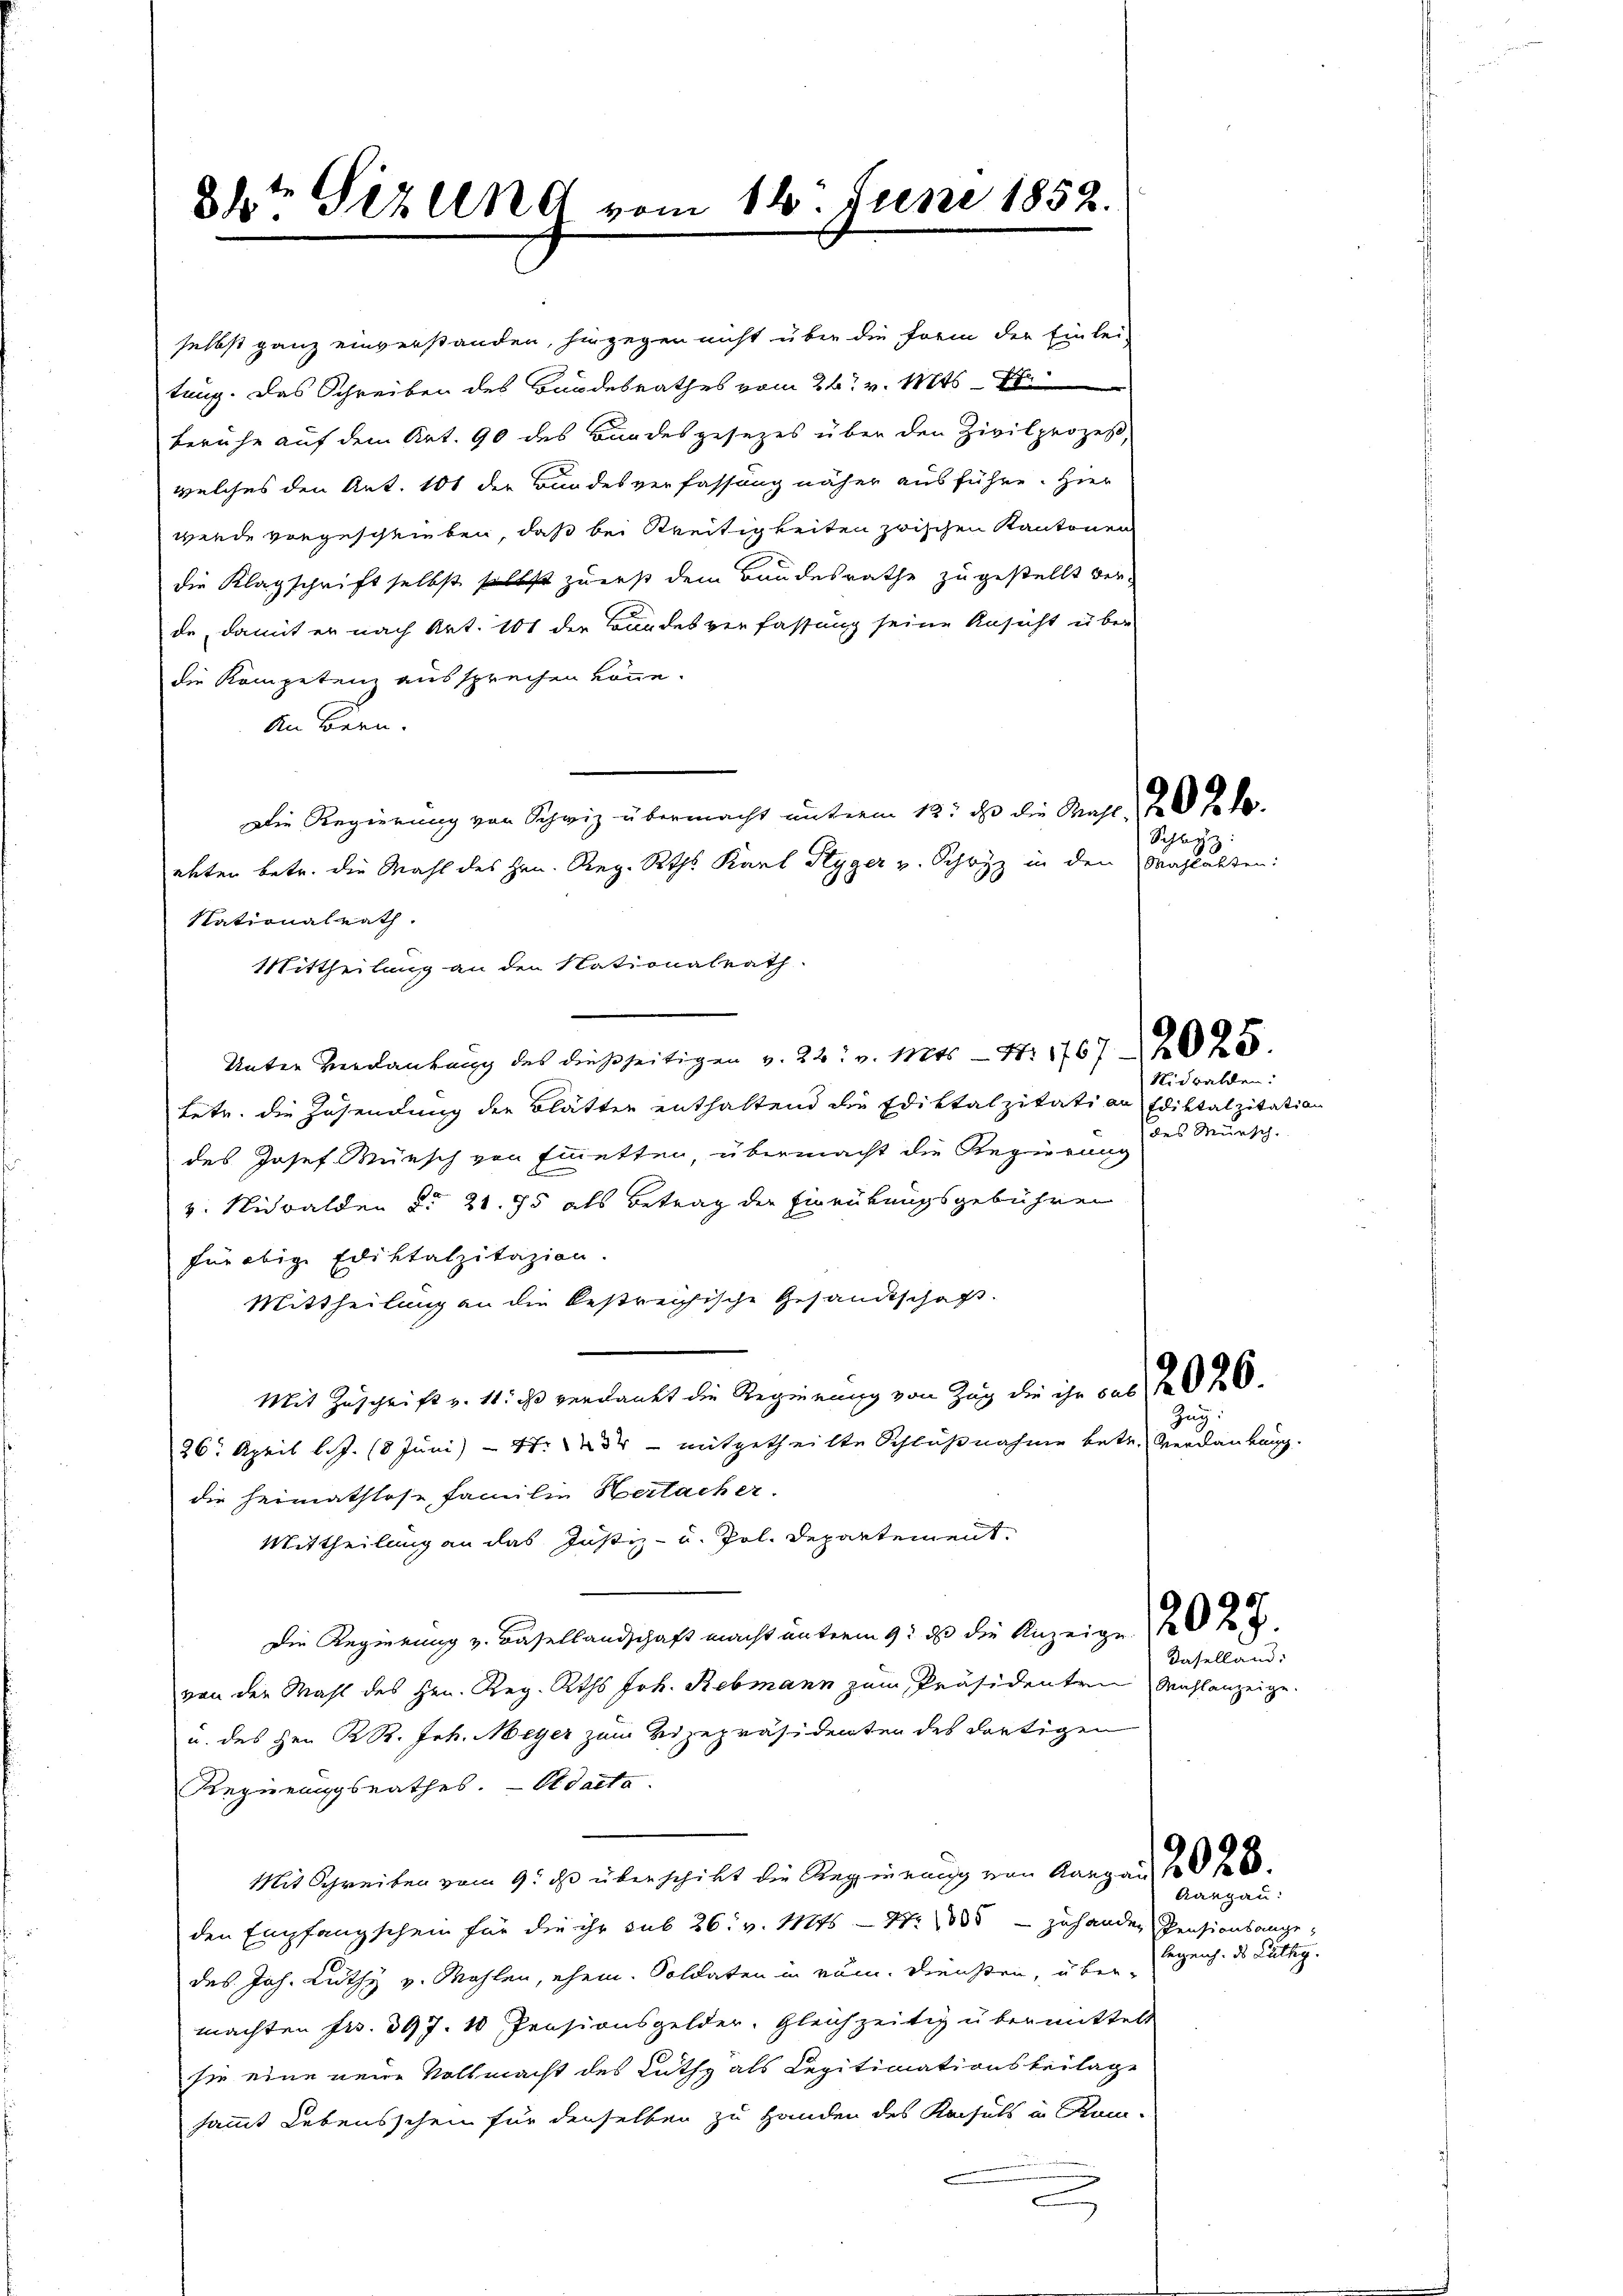
te
34 Fez und vom 14. Juni 1852.

selbst ganz einverstanden, hingegen nicht über die Form der Einlei-
tung. Das Schreiben des Bundesrathes vom 26t v. Mts. 7t
beruhe auf dem Art. 90 des Bundesgesezes über den Zivilprozeß,
welches den Art. 101 der Bundesverfassung näher ausführe. Hier
wurde vorgeschrieben, daß bei Breitigkeiten zwischen Kantonen
die Klagschrift selbst selbst zuerst dem Bandesrathe zugestellt ver-
de, damit er nach Art. 101 der Bundesverfassung seine Ansicht über
die Kompetenz aussprechen könne.
An Bern.
Die Regierung von Schwiz übermacht unterm 12. ds die Mahl de
ehten betr. die Wahl des Hrn. Reg. Raths Karl Styger v. Schwyz in den Mahlakten:
Nationalrath.
Mittheilung an den Nationalrath.
Unter Gedankung des dießseitigen v. 22. v. Mts. — S. 1767. 2025.
Letr. die Zusendung der Blätter enthaltend die Ediktalzitati an Ediktalzitation
des Josef Wünsch von Einetten übermacht die Regierung
v. Nidwalden §. 21. 75 als Betrag der Einrückungsgebühren
für obige Ediktalzitazion.
Mittheilung an die bestreichische Gesandtschaft.
Mit Zuschrift v. 11. ist verdankt die Regierung von Zug die ihr sub 2020.
26. April l.J. (8 Juni - Nr. 434 - mitgetheilte Schlußnahme betr. Verdankung.
die heimathlose Familie Hertacher.
Mittheilung an das Justiz- u. Pol. Departement.
Die Regierung v. Basellandschaft macht unterm 9. ds die Anzeige 20 J.
von der Mahl des Hrn. Reg. Raths Joh. Rebmann zum Präsidenten Wahlanzeige.
u. des Hrn K. R. Joh. Meyer zum Vizepräsidenten des dortigen
Regierungsrathes. — Odacta.
Mit Schreiben vom 9. ds überschickt die Regierung von Aargau 1826.
den Empfangschein für die ihr sub 26. v. Mts. — No. 1835 - zuhanden Pensionsangedes Joh. Lüthy v. Mahlen, ehem. Soldaten in rom. Diensten, übermachten Fr. 397. 10 Pensionsgelder. Gleichzeitig übermittelt
sie eine neue Vollmacht des Ruth als Legitimationsbeilage
sammt Lebensschein für denselben zu Handen des Konsuls in Kom-
e

Schlag

Nidwalden:
des Mürsch

ug

daselland:

Aargau:
bezeich. des Gültig.